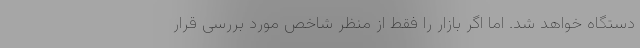
دستگاه خواهد شد. اما اگر بازار را فقط از منظر شاخص مورد بررسی قرار